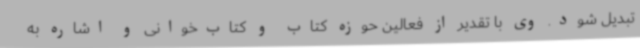
تبدیل شود. وی با تقدیر از فعالین حوزه کتاب و کتاب‌خوانی و اشاره به